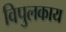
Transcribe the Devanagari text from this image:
विपुलकाय